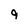
Character: 9